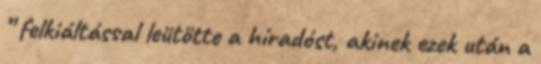
” felkiáltással leütötte a híradóst, akinek ezek után a